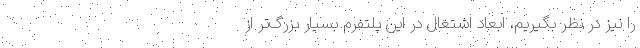
را نیز در نظر بگیریم، ابعاد اشتغال در این پلتفرم بسیار بزرگ‌تر از